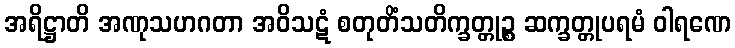
အရိဋ္ဌာတိ အဏုသဟဂတာ အဝိသဋံ စတုတိံသတိက္ခတ္တုဉ္စ ဆက္ခတ္တုပရမံ ဝါရဏေ